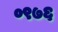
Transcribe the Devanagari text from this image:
०९७६